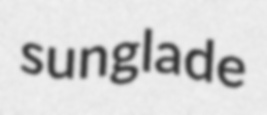
sunglade